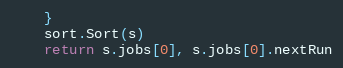
Language: Go
	}
	sort.Sort(s)
	return s.jobs[0], s.jobs[0].nextRun